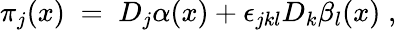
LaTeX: \pi_{j}(x)\; =\; D_{j}\alpha(x)+\epsilon_{jkl}D_{k}\beta_{l}(x)\; ,